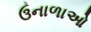
ઉનાળાઓ